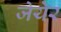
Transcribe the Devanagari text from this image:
जेयेर